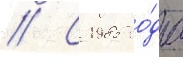
// С 1985 го́да